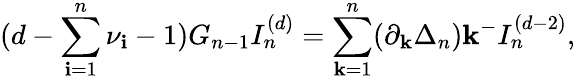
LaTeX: (d-\sum_{\mathbf{i}=1}^{n}\nu_{\mathbf{i}}-1)G_{n-1}I_{n}^{(d)}=\sum_{\mathbf{k}=1}^{n}(\partial_{\mathbf{k}}\Delta_{n}){\mathbf{\mathbf{k}}^{-}}I_{n}^{(d-2)},